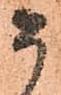
如